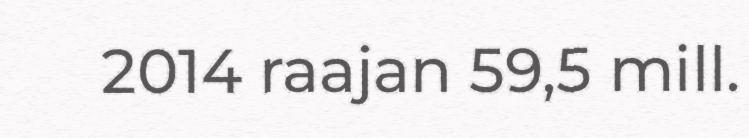
2014 raajan 59,5 mill.